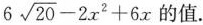
求 $$6 \sqrt { 2 0 } - 2 x ^ { 2 } + 6 x$$ 的值.